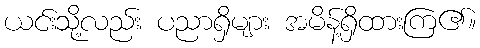
ယင်းသို့လည်း ပညာရှိများ အမိန့်ရှိထားကြ၏။